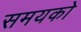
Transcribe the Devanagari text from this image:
समयको